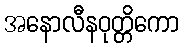
အနောလီနဝုတ္တိကော